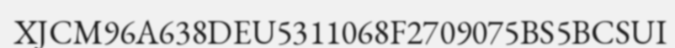
XJCM96A638DEU5311068F2709075BS5BCSUI